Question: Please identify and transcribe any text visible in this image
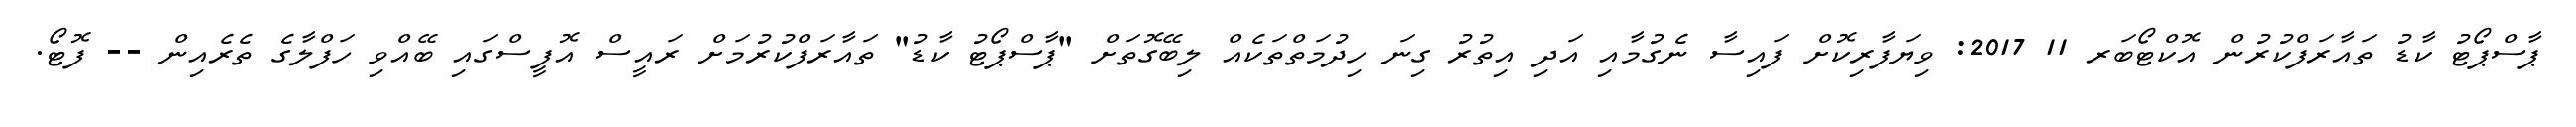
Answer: ޕާސްޕޯޓު ކާޑު ތައާރަފްކުރުން އޮކްޓޯބަރ 11 2017: ވިޔަފާރިކޮށް ފައިސާ ނެގުމާއި އަދި އިތުރު ގިނަ ހިދުމަތްތަކެއް ލިބޭގޮތަށް "ޕާސްޕޯޓު ކާޑު" ތައާރަފްކުރުމަށް ރައީސް އޮފީސްގައި ބޭއްވި ހަފްލާގެ ތެރެއިން -- ފޮޓޯ.